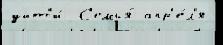
уйт'и́  С'емья́ апр'е́л'я